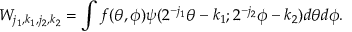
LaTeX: W _ { j _ { 1 } , k _ { 1 } , j _ { 2 } , k _ { 2 } } = \int f ( \theta , \phi ) \psi ( 2 ^ { - j _ { 1 } } \theta - k _ { 1 } ; 2 ^ { - j _ { 2 } } \phi - k _ { 2 } ) d \theta d \phi .